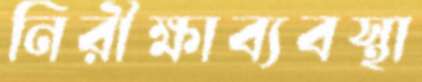
নিরীক্ষাব্যবস্থা